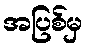
အပြစ်မှ